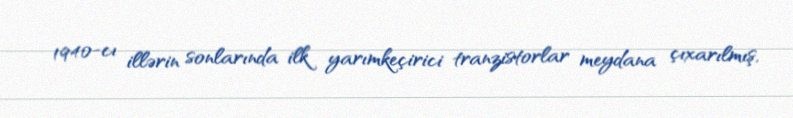
1940-cı illərin sonlarında ilk yarımkeçirici tranzistorlar meydana çıxarılmış,